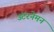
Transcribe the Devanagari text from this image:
उंटरनेमन